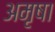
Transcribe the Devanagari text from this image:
अमृषा